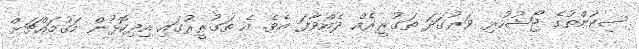
ސިކުންތުގެ ޖޯޝުހުރި ވަރުގަދަ ތަގުރީރެއް ދެއްވާފަ އެވެ. އެ ތަގުރީރުގައި އިދިކޮޅުން މަގުމައްޗަށް